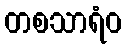
တစသာရံဝ